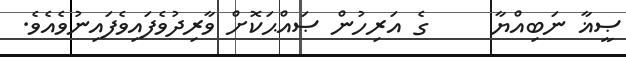
ޞީޣާ ނަބިއްޔާ     ގެ އަރިހުން ޞައްޙަކޮށް ވާރިދުވެފައިވެފައިނުވެއެވެ.